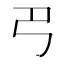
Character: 𢎟